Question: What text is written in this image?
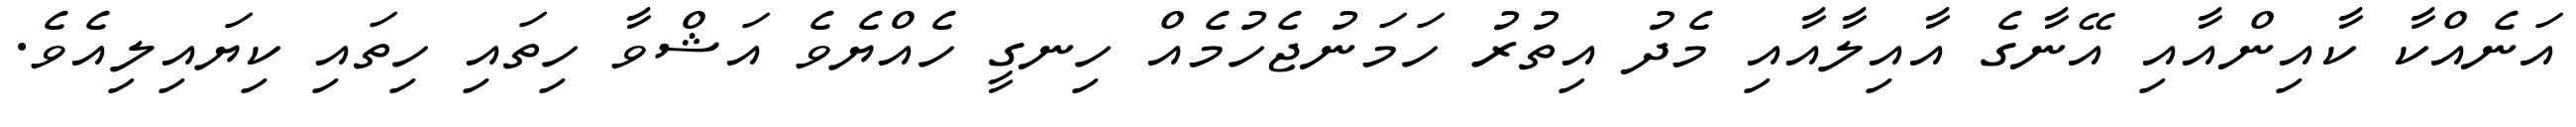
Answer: އަނެއްކާ ކާއިންއާއި އޭނާގެ އާއިލާއާއި މެދު އިތުރު ހަމަނުޖެހުމެއް ހިނގީ ހެއްޔެވެ އަޝްވާ ހިތައި ހިތައި ކިޔައިލިއެވެ.